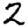
Digit: 2